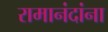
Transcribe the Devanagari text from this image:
रामानंदांना